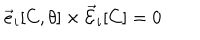
\vec { e } _ { i } [ C , \theta ] \times \vec { \cal E } _ { i } [ C ] = 0